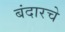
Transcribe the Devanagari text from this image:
बंदारचे